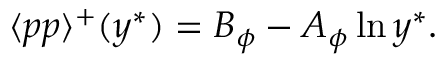
\begin{array} { r } { \langle p p \rangle ^ { + } ( y ^ { \ast } ) = { B _ { \phi } - A _ { \phi } \ln y ^ { \ast } } . } \end{array}